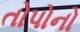
તોપોનો